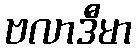
ဗလာဒီမာ